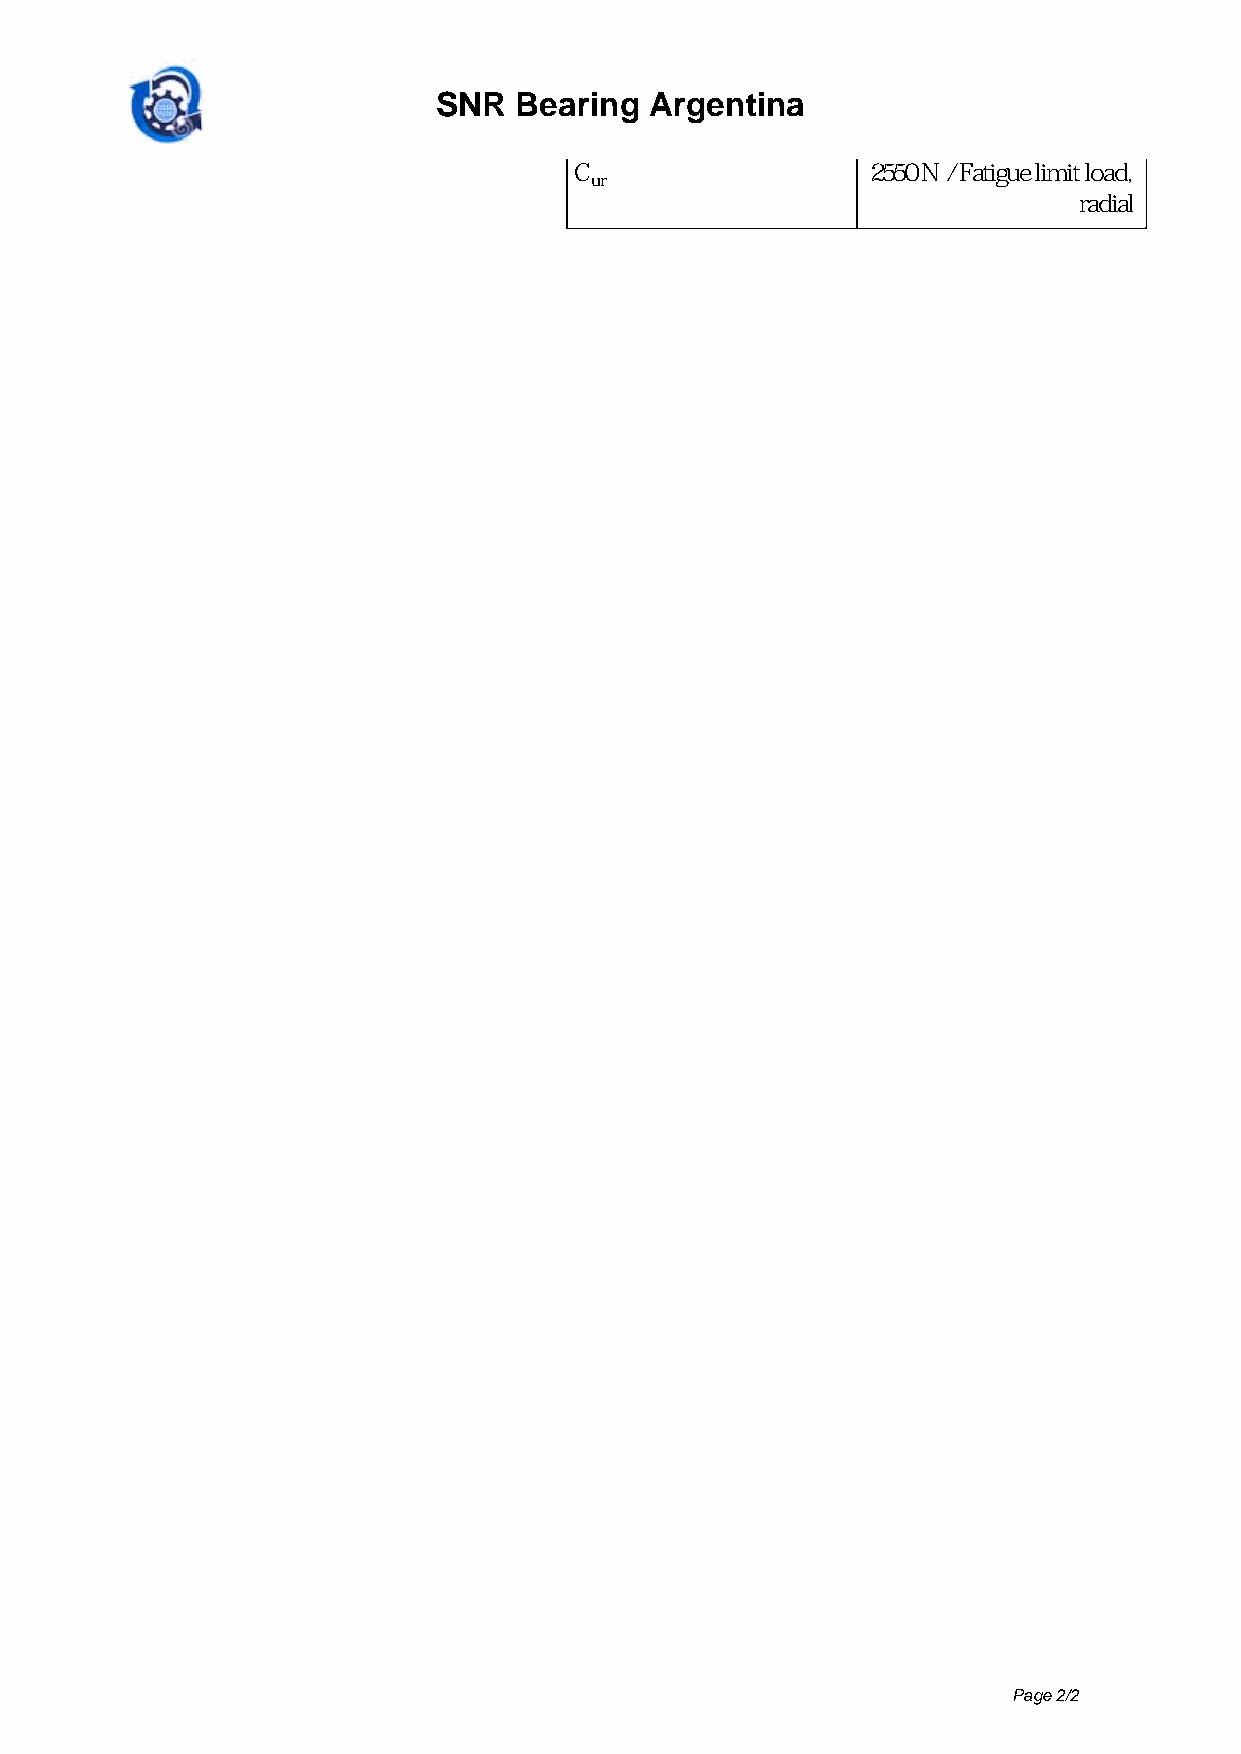
SNR  Bearing  Argentina
 C                   2550 N / Fatigue limit load,
 ur
 radial
 Page 2/2
 Powered by TCPDF (www.tcpdf.org)